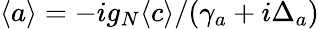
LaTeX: \langle a\rangle=-ig_{N}\langle c\rangle/(\gamma_{a}+i\Delta_{a})